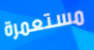
مستعمرة